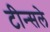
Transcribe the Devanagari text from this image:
टीन्सले